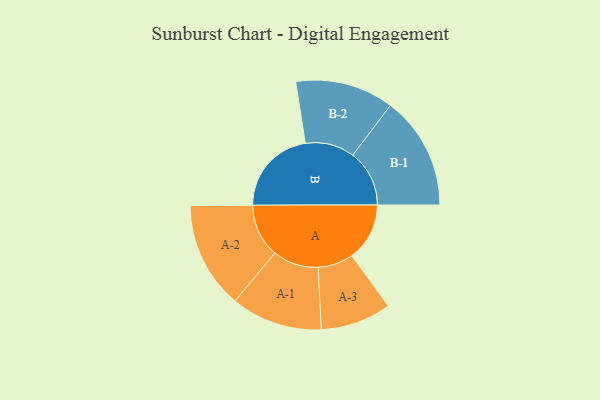
{"axis": {"x": "Segment", "y": "Value"}, "legend": ["", "A", "B"], "data": [{"x": "A", "y": 292, "type": ""}, {"x": "B", "y": 440, "type": ""}, {"x": "A-1", "y": 231, "type": "A"}, {"x": "A-2", "y": 270, "type": "A"}, {"x": "A-3", "y": 179, "type": "A"}, {"x": "B-1", "y": 286, "type": "B"}, {"x": "B-2", "y": 249, "type": "B"}]}